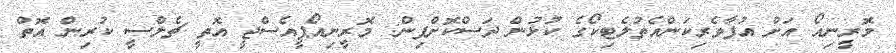
މޮރީނިއޯ އަށް އުފާވެރިކަންއެތުލެޓިކޯގެ ކުޅުން ދަސްކޮށްފިން: މޮރީނިއޯޕީއެސްޖީ އޮތީ ޗެލްސީ ކުރިން އޮތް